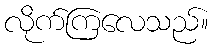
လိုက်ကြလေသည်။